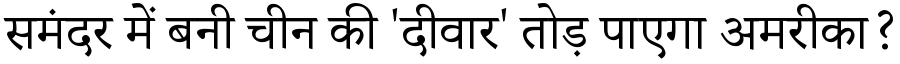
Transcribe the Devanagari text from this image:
समंदर में बनी चीन की 'दीवार' तोड़ पाएगा अमरीका?